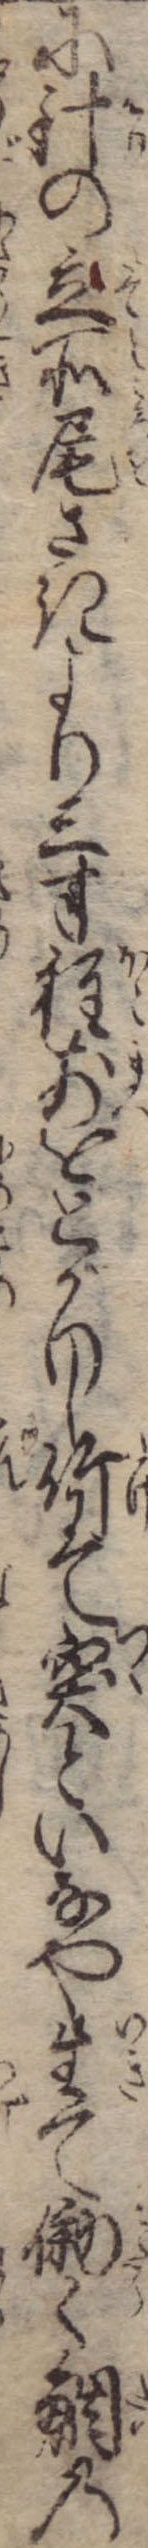
に針の立所尾さきより三寸程前をとがりし竹にて突といなや生て働く鯛の